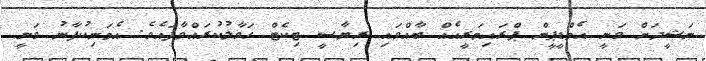
ނަޝީދަށް ވަނީ އެމްޑީޕީން ޕްރައިމަރީއެއް ބާއްވައި ރިޔާސީ ޓިކެޓް ހަވާލުކުރައްވާފައެވެ. އެމަނިކުފާނު ވަނީ